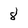
Character: 8